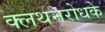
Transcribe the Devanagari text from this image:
क्लथनरोधके